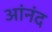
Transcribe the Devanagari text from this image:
आंनंद